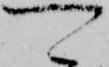
可